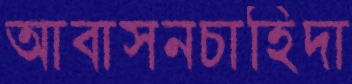
আবাসনচাহিদা